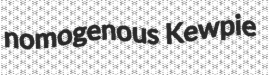
nomogenous Kewpie